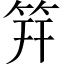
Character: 筓